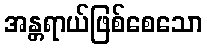
အန္တရာယ်ဖြစ်စေသော